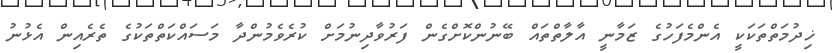
ޚިދުމަތްތަކަކީ އެންމެފަހުގެ ޒަމާނީ އާލާތްތައް ބޭނުންކޮށްގެން ފަރުވާދިނުމަށް ކުރެވެމުންދާ މަސައްކަތްތަކުގެ ތެރެއިން އެޅުނު